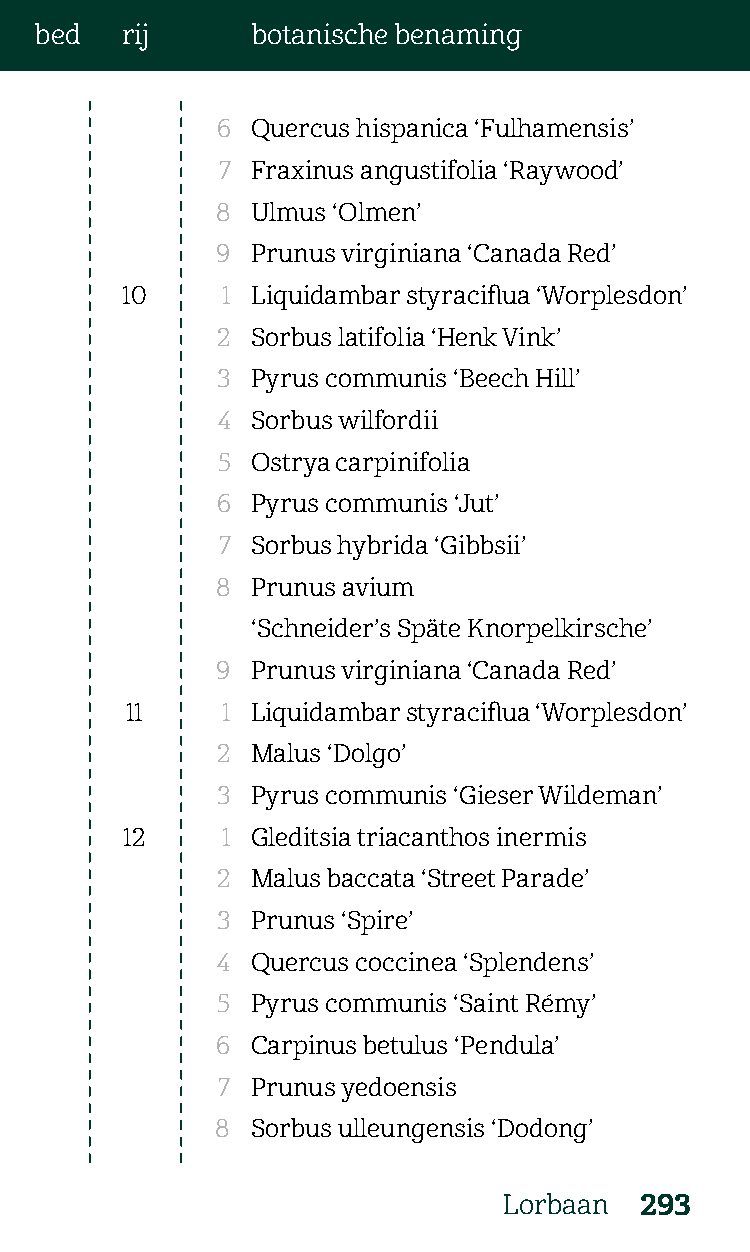
bed   rij      botanische benaming
 6  Quercus hispanica ‘Fulhamensis’
 7  Fraxinus angustifolia ‘Raywood’
 8  Ulmus ‘Olmen’
 9  Prunus virginiana ‘Canada Red’
 10     1 Liquidambar styraciflua ‘Worplesdon’
 2  Sorbus latifolia ‘Henk Vink’
 3  Pyrus communis ‘Beech Hill’
 4  Sorbus wilfordii
 5  Ostrya carpinifolia
 6  Pyrus communis ‘Jut’
 7  Sorbus hybrida ‘Gibbsii’
 8  Prunus avium
 ‘Schneider’s Späte Knorpelkirsche’
 9  Prunus virginiana ‘Canada Red’
 11     1 Liquidambar styraciflua ‘Worplesdon’
 2  Malus ‘Dolgo’
 3  Pyrus communis ‘Gieser Wildeman’
 12     1 Gleditsia triacanthos inermis
 2  Malus baccata ‘Street Parade’
 3  Prunus ‘Spire’
 4  Quercus coccinea ‘Splendens’
 5  Pyrus communis ‘Saint Rémy’
 6  Carpinus betulus ‘Pendula’
 7  Prunus yedoensis
 8  Sorbus ulleungensis ‘Dodong’
 Lorbaan  293